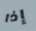
إذا